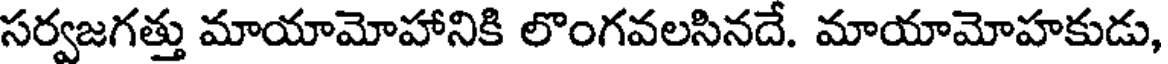
సర్వజగత్తు మాయామోహానికి లొంగవలసినదే. మాయామోహకుడు,